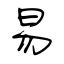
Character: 易